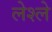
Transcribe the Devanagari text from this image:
लेश्ले